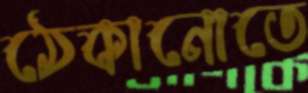
ঠেকানোতে